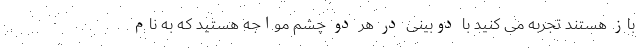
باز هستند تجربه می کنید با دوبینی در هر دو چشم مواجه هستید که به نام